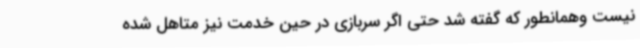
نیست وهمانطور که گفته شد حتی اگر سربازی در حین خدمت نیز متاهل شده